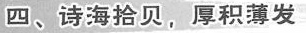
四、诗海拾贝，厚积薄发